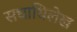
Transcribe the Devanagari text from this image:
सधाधिलेख